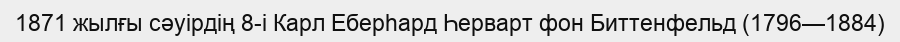
1871 жылғы сәуірдің 8-і Карл Еберһард Һерварт фон Биттенфельд (1796—1884)